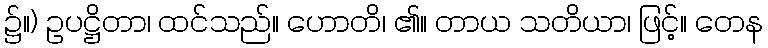
၌။) ဥပဋ္ဌိတာ၊ ထင်သည်။ ဟောတိ၊ ၏။ တာယ သတိယာ၊ ဖြင့်။ တေန